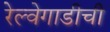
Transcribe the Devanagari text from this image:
रेल्वेगाडीची